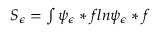
\begin{array} { r } { S _ { \epsilon } = \int \psi _ { \epsilon } * f l n \psi _ { \epsilon } * f } \end{array}